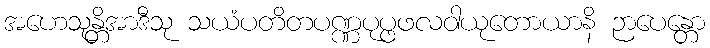
အဟေသုန္တိအာဒီသု သယံပတိတပဏ္ဏပုပ္ဖဖလဝါယုတောယာနိ ဉာပေန္တော